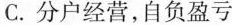
C.分户经营，自负盈亏